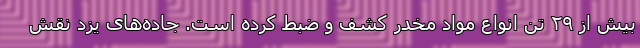
بیش از ۲۹ تن انواع مواد مخدر کشف و ضبط کرده است. جاده‌های یزد نقش